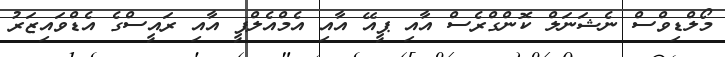
މޯލްޑިވްސް ނެޝަނަލް ކޮންގްރެސް އާއި ޕީއޭ އާއި އެމްއެލްޕީ އާއި ރައީސްގެ އެޑްވައިޒަރު